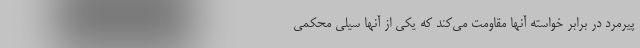
پیرمرد در برابر خواسته آنها مقاومت می‌کند که یکی از آنها سیلی محکمی